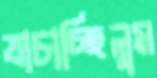
যাচাচ্ছিলুম